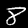
Label: 8